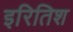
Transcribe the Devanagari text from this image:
इरितिश